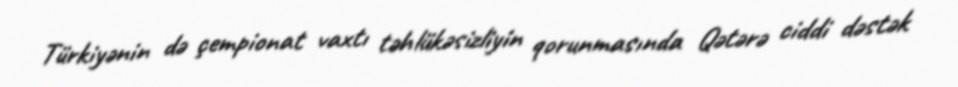
Türkiyənin də çempionat vaxtı təhlükəsizliyin qorunmasında Qətərə ciddi dəstək